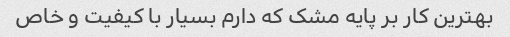
بهترین کار بر پایه مشک که دارم بسیار با کیفیت و خاص